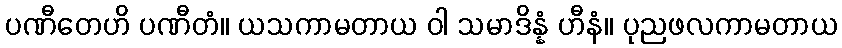
ပဏီတေဟိ ပဏီတံ။ ယသကာမတာယ ဝါ သမာဒိန္နံ ဟီနံ။ ပုညဖလကာမတာယ